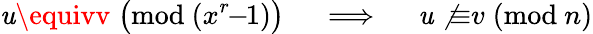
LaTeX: \mathit{u}\equivv\; {\bigl(}{\mathrm{{mod~}}}(x^{r}\! \! -\! \! 1){\bigr)}\quad\implies\quad\mathit{u}\not{\equiv}v\; ({\mathrm{{mod~}}}n)